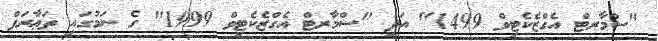
"ސްމާރޓް އެގްޒެކެޓިވް 1499" އަދި "ސްމާރޓް އެގްޒެކެޓިވް 1999" ގެ ނަމުގައި ތަޢާރަފް